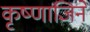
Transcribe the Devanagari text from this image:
कृष्णाजिने